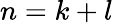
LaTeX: n=k+l